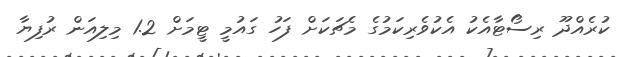
ކުރެއްދޫ ރިސޯޓާއެކު އެކުވެރިކަމުގެ މެޗަކަށް ފަހު ގައުމީ ޓީމަށް 1.2 މިލިއަން ރުފިޔާ